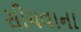
સીચવાના